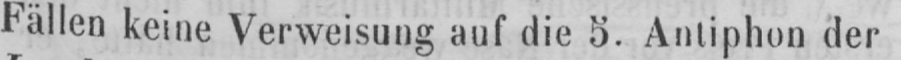
Fällen keine Verweisung auf die 5. Antiphon der